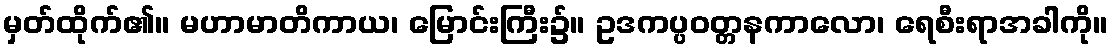
မှတ်ထိုက်၏။ မဟာမာတိကာယ၊ မြောင်းကြီး၌။ ဥဒကပ္ပဝတ္တနကာလော၊ ရေစီးရာအခါကို။